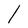
Character: l